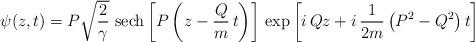
LaTeX: \begin{align*}\psi (z, t) = P \sqrt{\frac{2}{\gamma}}\ \mbox{sech}\left[P\left(z - \frac{Q}{m}\,t\right)\right]\,\exp \left[i\, Q z + i\,\frac{1}{2 m}\left(P^{2} - Q^{2}\right)t\right] \end{align*}